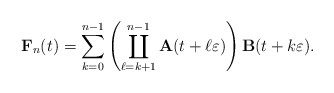
\begin{align*}\mathbf{F}_n(t)=\sum_{k=0}^{n-1}\left(\coprod_{\ell=k+1}^{n-1}\mathbf{A}(t+\ell\varepsilon)\right)\mathbf{B}(t+k\varepsilon).\end{align*}